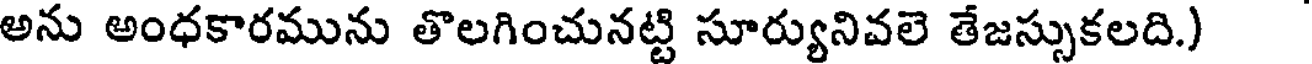
అను అంధకారమును తొలగించునట్టి సూర్యునివలె తేజస్సుకలది.)